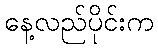
နေ့လည်ပိုင်းက